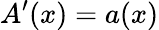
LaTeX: A^{\prime}(x)=a(x)